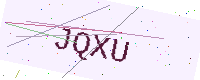
Text: JQXU